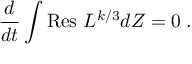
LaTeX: \frac { d } { d t } \int \mathrm { R e s ~ } L ^ { k / 3 } d Z = 0 \; .